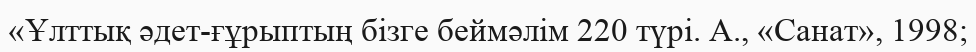
«Ұлттық әдет-ғұрыптың бізге беймәлім 220 түрі. А., «Санат», 1998;